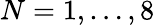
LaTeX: N=1,\dots,8